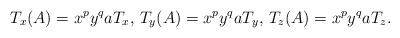
LaTeX: \begin{align*}T_x(A)= x^py^qaT_x,\, T_y(A)= x^py^qaT_y,\, T_z(A)= x^py^qaT_z.\end{align*}